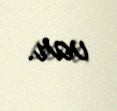
var.